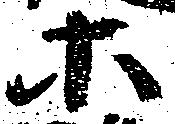
等